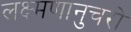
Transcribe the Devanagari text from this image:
लक्ष्मणानुचरो